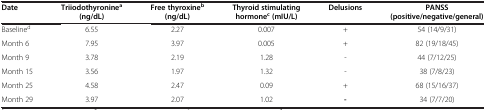
<table><thead><tr><td><b>Date</b></td><td><b>Triiodothyronine<sup>a</sup>(ng/dL)</b></td><td><b>Free thyroxine<sup>b</sup>(ng/dL)</b></td><td><b>Thyroid stimulating hormone<sup>c</sup>(mIU/L)</b></td><td><b>Delusions</b></td><td><b>PANSS (positive/negative/general)</b></td></tr></thead><tbody><tr><td>Baseline<sup>d</sup></td><td>6.55</td><td>2.27</td><td>0.007</td><td>+</td><td>54 (14/9/31)</td></tr><tr><td>Month 6</td><td>7.95</td><td>3.97</td><td>0.005</td><td>+</td><td>82 (19/18/45)</td></tr><tr><td>Month 9</td><td>3.78</td><td>2.19</td><td>1.28</td><td>-</td><td>44 (7/12/25)</td></tr><tr><td>Month 15</td><td>3.56</td><td>1.97</td><td>1.32</td><td>-</td><td>38 (7/8/23)</td></tr><tr><td>Month 25</td><td>4.58</td><td>2.47</td><td>0.09</td><td>+</td><td>68 (15/16/37)</td></tr><tr><td>Month 29</td><td>3.97</td><td>2.07</td><td>1.02</td><td><b>-</b></td><td>34 (7/7/20)</td></tr></tbody></table>